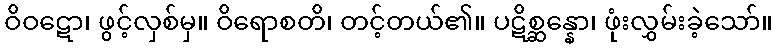
ဝိဝဋော၊ ဖွင့်လှစ်မှ။ ဝိရောစတိ၊ တင့်တယ်၏။ ပဋိစ္ဆန္နော၊ ဖုံးလွှမ်းခဲ့သော်။